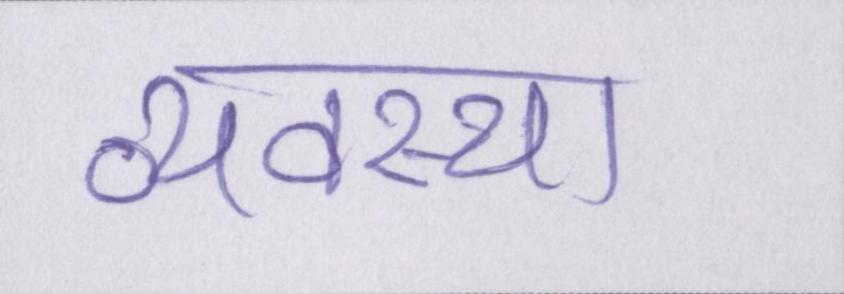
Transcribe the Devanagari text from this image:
व्यवस्था